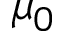
\mu _ { 0 }